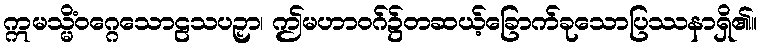
ဣမသ္မိံဝဂ္ဂေသောဠသပဉှာ၊ ဤမဟာဝဂ်၌တဆယ့်ခြောက်ခုသောပြဿနာရှိ၏။